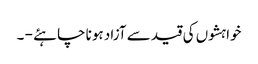
خواہشوں کی قید سے آزاد ہونا چاہئے - ۔